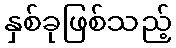
နှစ်ခုဖြစ်သည့်